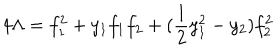
4 \Lambda = f _ { 1 } ^ { 2 } + y _ { 1 } f _ { 1 } f _ { 2 } + ( \frac { 1 } { 2 } y _ { 1 } ^ { 2 } - y _ { 2 } ) f _ { 2 } ^ { 2 }